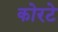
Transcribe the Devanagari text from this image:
कोरटे